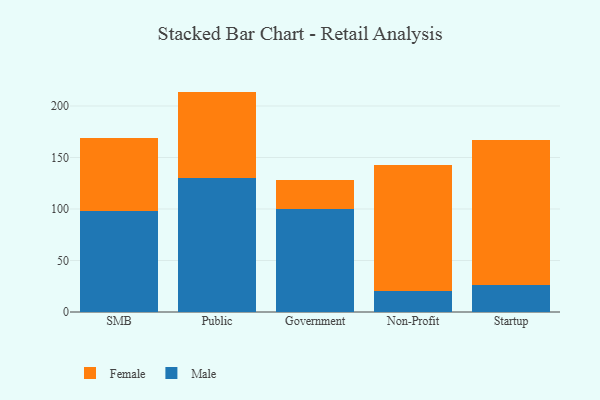
{"axis": {"x": "Segment", "y": "Headcount"}, "legend": ["Female", "Male"], "data": [{"x": "SMB", "y": 98.5, "type": "Male"}, {"x": "SMB", "y": 70.6, "type": "Female"}, {"x": "Public", "y": 130.4, "type": "Male"}, {"x": "Public", "y": 83.6, "type": "Female"}, {"x": "Government", "y": 99.6, "type": "Male"}, {"x": "Government", "y": 28.3, "type": "Female"}, {"x": "Non-Profit", "y": 20.6, "type": "Male"}, {"x": "Non-Profit", "y": 121.9, "type": "Female"}, {"x": "Startup", "y": 26.4, "type": "Male"}, {"x": "Startup", "y": 141.0, "type": "Female"}]}